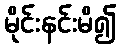
မိုင်းနင်းမိ၍